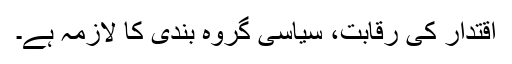
اقتدار کی رقابت، سیاسی گروہ بندی کا لازمہ ہے۔